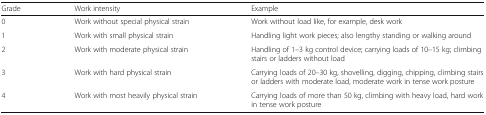
| Grade | Work intensity | Example |
 | --- | --- | --- |
 | 0 | Work without special physical strain | Work without load like, for example, desk work |
 | 1 | Work with small physical strain | Handling light work pieces; also lengthy standing or walking around |
 | 2 | Work with moderate physical strain | Handling of 1–3 kg control device; carrying loads of 10–15 kg; climbing stairs or ladders without load |
 | 3 | Work with hard physical strain | Carrying loads of 20–30 kg, shovelling, digging, chipping, climbing stairs or ladders with moderate load, moderate work in tense work posture |
 | 4 | Work with most heavily physical strain | Carrying loads of more than 50 kg, climbing with heavy load, hard work in tense work posture |